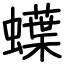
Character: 蠂